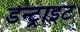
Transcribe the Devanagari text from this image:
डेन्ट्राइट